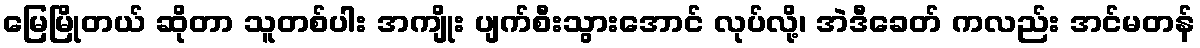
မြေမြိုတယ် ဆိုတာ သူတစ်ပါး အကျိုး ပျက်စီးသွားအောင် လုပ်လို့၊ အဲဒီခေတ် ကလည်း အင်မတန်